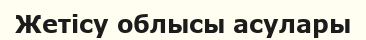
Жетісу облысы асулары